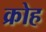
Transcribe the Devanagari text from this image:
क्रोह